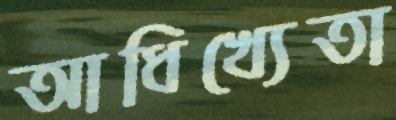
আধিখ্যেতা